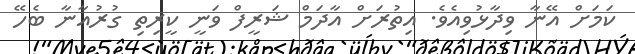
ކަމަށް އޭނާ ވިދާޅުވިއެވެ. އިތުރަށް އާދަމް ޝަރީފް ވަނީ ކީރިތި ގުރުއާނާ ބެހޭ